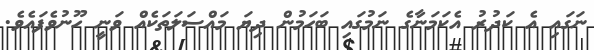
ނަގައި އެ ކަދުރު އެކަމަނާގެ ނަމުގައި ބަހަމުން ދިޔަ މައްސަލަތަކެއް ވަނީ ހޫނުވެފައެވެ.